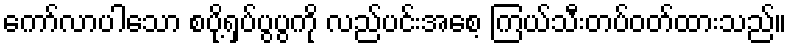
ကော်လာပါသော စပို့ရှပ်ပွပွကို လည်ပင်းအစေ့ ကြယ်သီးတပ်ဝတ်ထားသည်။